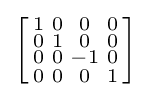
\left[{\begin{smallmatrix}1&0&0&0\\0&1&0&0\\0&0&-1&0\\0&0&0&1\\\end{smallmatrix}}\right]